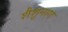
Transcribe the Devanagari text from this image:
शैशुनाग